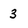
Character: 3